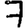
Digit: 7